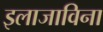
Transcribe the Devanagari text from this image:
इलाजाविना